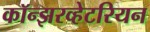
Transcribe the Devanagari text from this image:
कॉन्झरव्हेटरियन